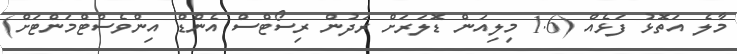
މާލެ އަތޮޅު ފަޅެއް (1.6 މިލިއަން ޑޮލަރަށް ރަދުން ރިސޯޓްސް އެންޑް އިންވެސްޓްމަންޓަށް)